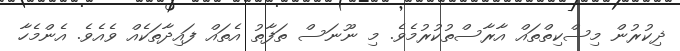
ޛިކުރުން މިސްކިތްތައް އާރާސްތުކުރުމެވެ. މި ނޫނަސް ތަފާތު އެތައް ފައިދާތަކެއް ވެއެވެ. އެންމެހާ